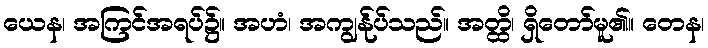
ယေန၊ အကြင်အရပ်၌။ အဟံ၊ အကျွန်ုပ်သည်။ အတ္ထိ၊ ရှိတော်မူ၏။ တေန၊